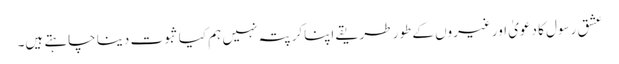
عشق رسول کا دعویٰ اور غیروں کے طور طریقے اپناکر پتہ نہیں ہم کیا ثبوت دینا چاہتے ہیں۔